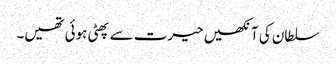
سلطان کی آنکھیں حیرت سے پھٹی ہوئی تھیں۔